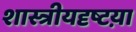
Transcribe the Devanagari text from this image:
शास्त्रीयदृष्टय़ा